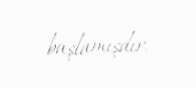
başlamışdır.